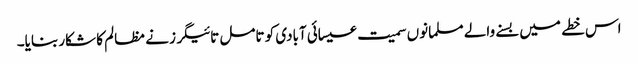
اس خطے میں بسنے والے مسلمانوں سمیت عیسائی آبادی کو تامل تائیگرز نے مظالم کا شکار بنایا۔